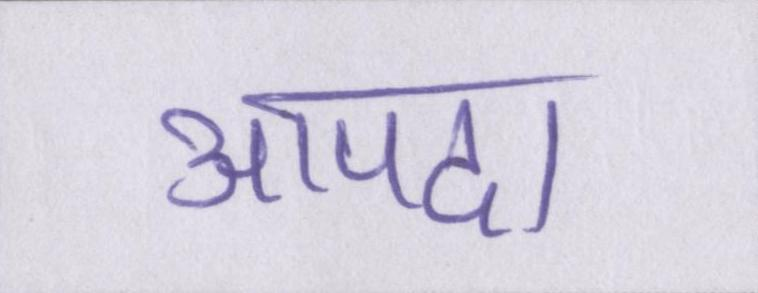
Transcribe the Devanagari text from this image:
आपदा